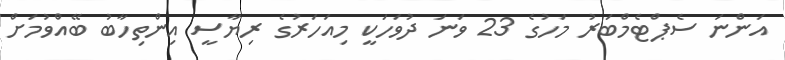
އަންނަ ސެޕްޓެމްބަރު މަހުގެ 23 ވަނަ ދުވަހަކީ މިއަހަރުގެ ރިޔާސީ އިންތިހާބު ބޭއްވުމަށް